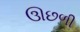
ઊછળી